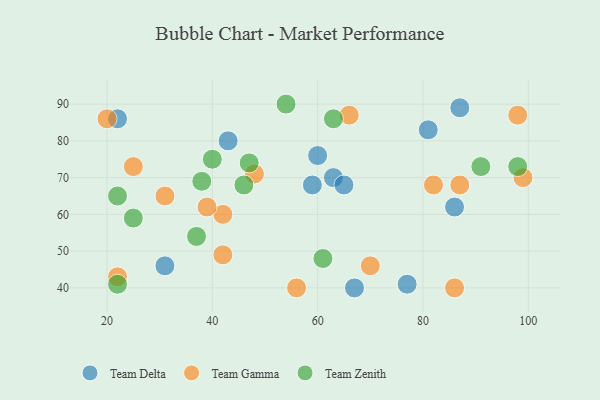
{"axis": {"x": "GDP", "y": "Life Expectancy"}, "legend": ["Team Delta", "Team Gamma", "Team Zenith"], "data": [{"x": "63", "y": 70, "type": "Team Delta"}, {"x": "59", "y": 68, "type": "Team Delta"}, {"x": "60", "y": 76, "type": "Team Delta"}, {"x": "81", "y": 83, "type": "Team Delta"}, {"x": "65", "y": 68, "type": "Team Delta"}, {"x": "43", "y": 80, "type": "Team Delta"}, {"x": "86", "y": 62, "type": "Team Delta"}, {"x": "31", "y": 46, "type": "Team Delta"}, {"x": "22", "y": 86, "type": "Team Delta"}, {"x": "77", "y": 41, "type": "Team Delta"}, {"x": "87", "y": 89, "type": "Team Delta"}, {"x": "67", "y": 40, "type": "Team Delta"}, {"x": "25", "y": 73, "type": "Team Gamma"}, {"x": "70", "y": 46, "type": "Team Gamma"}, {"x": "42", "y": 60, "type": "Team Gamma"}, {"x": "86", "y": 40, "type": "Team Gamma"}, {"x": "22", "y": 43, "type": "Team Gamma"}, {"x": "20", "y": 86, "type": "Team Gamma"}, {"x": "87", "y": 68, "type": "Team Gamma"}, {"x": "82", "y": 68, "type": "Team Gamma"}, {"x": "66", "y": 87, "type": "Team Gamma"}, {"x": "39", "y": 62, "type": "Team Gamma"}, {"x": "42", "y": 49, "type": "Team Gamma"}, {"x": "48", "y": 71, "type": "Team Gamma"}, {"x": "99", "y": 70, "type": "Team Gamma"}, {"x": "56", "y": 40, "type": "Team Gamma"}, {"x": "31", "y": 65, "type": "Team Gamma"}, {"x": "98", "y": 87, "type": "Team Gamma"}, {"x": "25", "y": 59, "type": "Team Zenith"}, {"x": "38", "y": 69, "type": "Team Zenith"}, {"x": "54", "y": 90, "type": "Team Zenith"}, {"x": "91", "y": 73, "type": "Team Zenith"}, {"x": "98", "y": 73, "type": "Team Zenith"}, {"x": "46", "y": 68, "type": "Team Zenith"}, {"x": "61", "y": 48, "type": "Team Zenith"}, {"x": "37", "y": 54, "type": "Team Zenith"}, {"x": "63", "y": 86, "type": "Team Zenith"}, {"x": "22", "y": 65, "type": "Team Zenith"}, {"x": "22", "y": 41, "type": "Team Zenith"}, {"x": "40", "y": 75, "type": "Team Zenith"}, {"x": "47", "y": 74, "type": "Team Zenith"}]}